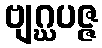
ဗျဂ္ဃပဇ္ဇ